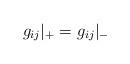
LaTeX: \begin{align*}g_{ij} {\vert}_{+} = g_{ij} {\vert}_{-}\end{align*}